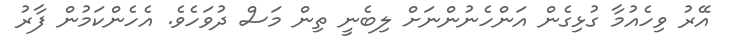
އޭރު ވިހެއުމާ ގުޅިގެން އަންހެނުންނަށް ލިބެނީ ތިން މަސް ދުވަހެވެ. އެހެންކަމުން ފާރު